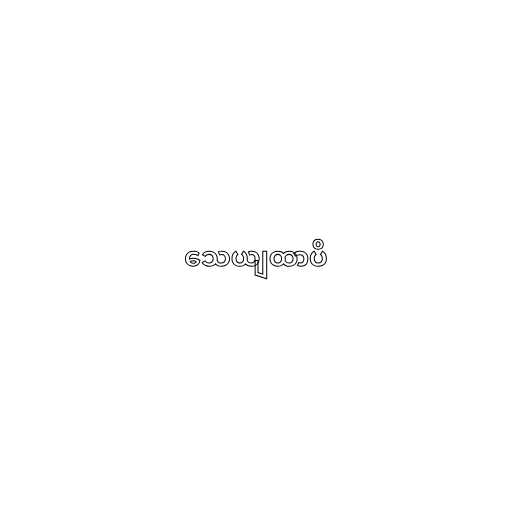
သေယျထာပိ